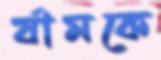
র‍্যামকে